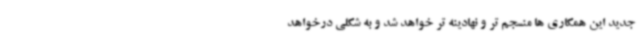
جدید این همکاری ها منسجم تر و نهادینه تر خواهد شد و به شکلی درخواهد